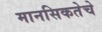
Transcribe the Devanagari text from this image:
मानसिकतेचे